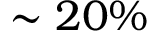
\sim 2 0 \%